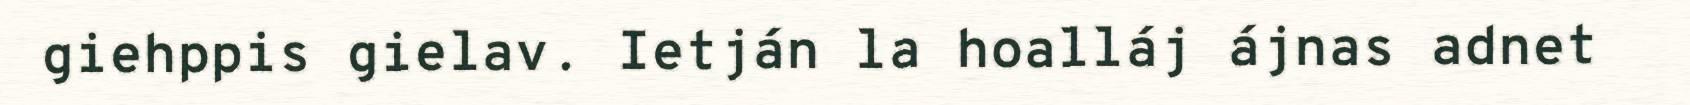
giehppis gielav. Ietján la hoalláj ájnas adnet